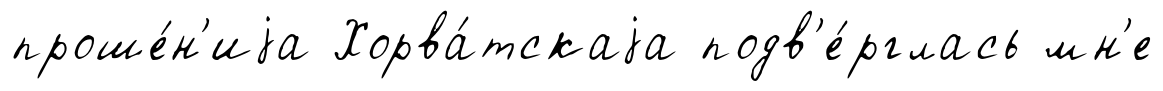
проше́н'иjа Хорва́тскаjа подв'е́рглась мн'е